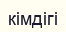
кімдігі